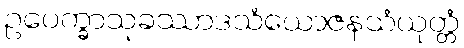
ဥပေက္ခာသုခဿာဒသံယောဇနသံယုတ္တံ